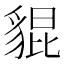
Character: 𧳢